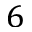
6